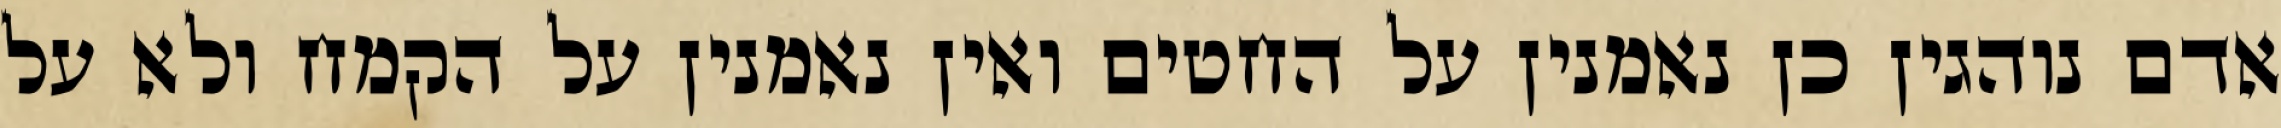
אדם נוהגין כן נאמנין על החטים ואין נאמנין על הקמח ולא על